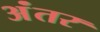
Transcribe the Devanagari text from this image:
अंंतर